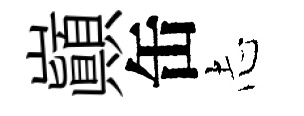
巔缶𢖽